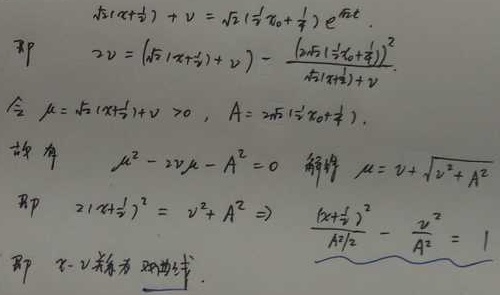
\[
\begin{align*}
&\sqrt{2}(x + \frac{1}{2})+v=\sqrt{2}(\frac{1}{2}x_0+\frac{1}{2})e^{j\omega t}.\\
\text{即}\quad& 2v = (\sqrt{2}(x+\frac{1}{2}) + v)-\frac{(\sqrt{2}(\frac{1}{2}x_0+\frac{1}{2}))^2}{\sqrt{2}(x+\frac{1}{2})+v}.\\
\text{令}\quad&\mu=\sqrt{2}(x+\frac{1}{2})+v > 0,\ A = 2\sqrt{2}(\frac{1}{2}x_0+\frac{1}{2}).\\
\text{故有}\quad&\mu^2 - 2v\mu - A^2 = 0\ 解得\ \mu = v+\sqrt{v^2 + A^2}\\
\text{即}\quad&2(x+\frac{1}{2})^2 = v^2+A^2\Rightarrow \underbrace{\frac{(x+\frac{1}{2})^2}{A^2/2}-\frac{v^2}{A^2}=1}\\
\text{即}\quad&x - v\ \text{关系为双曲线}.
\end{align*}
\]